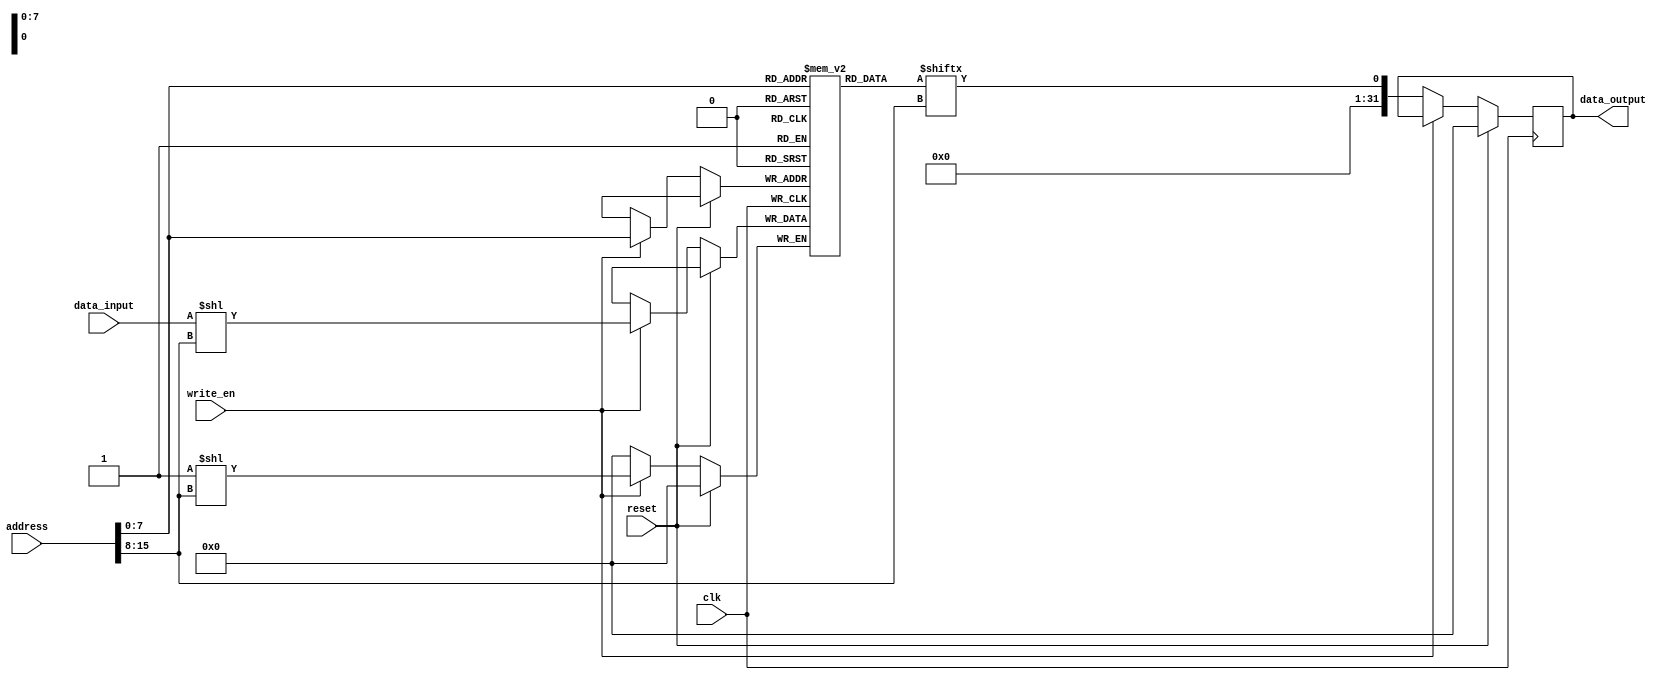
module MemoryBlocks (
    input wire clk,
    input wire reset,
    input wire write_en,
    input wire [31:0] address,
    input wire [31:0] data_input,
    output reg [31:0] data_output
);

// Define memory array
reg [31:0] memory [0:255];

// Define row buffer
reg [31:0] row_buffer;

// Address decoding logic
reg [7:0] row_address;
reg [7:0] column_address;
assign row_address = address[7:0];
assign column_address = address[15:8];

// Write enable and data input/output circuits
always @(posedge clk) begin
    if (reset) begin
        row_buffer <= 32'd0;
    end else begin
        if (write_en) begin
            memory[row_address][column_address] <= data_input;
        end else begin
            row_buffer <= memory[row_address][column_address];
        end
    end
end

// Data output logic
always @(*) begin
    data_output = row_buffer;
end

endmodule